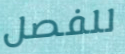
للفصل